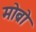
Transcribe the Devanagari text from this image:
मोब्रो